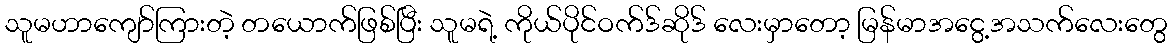
သူမဟာကျော်ကြားတဲ့ တယောက်ဖြစ်ပြီး သူမရဲ့ ကိုယ်ပိုင်ဝက်ဒ်ဆိုဒ် လေးမှာတော့ မြန်မာအငွေ့အသက်လေးတွေ